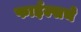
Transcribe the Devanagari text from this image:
फाईल्सचे